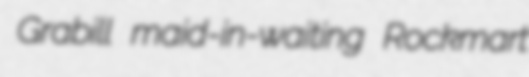
Grabill maid-in-waiting Rockmart